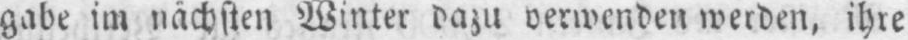
gabe im nächsten Winter dazu verwenden werden, ihre